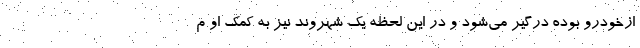
ازخودرو بوده درگیر می‌شود و در این لحظه یک شهروند نیز به کمک او م